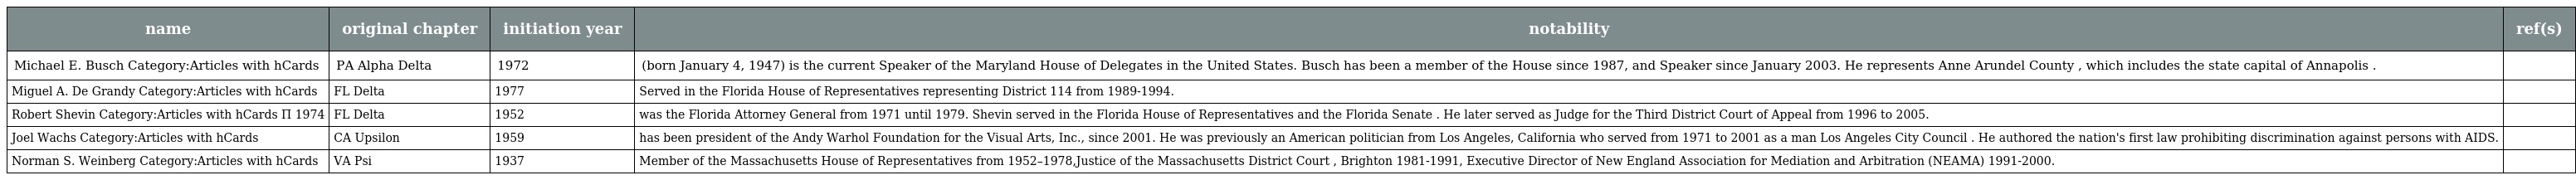
| name | original chapter | initiation year | notability | ref(s) |
 | --- | --- | --- | --- | --- |
 | Michael E. Busch Category:Articles with hCards | PA Alpha Delta | 1972 | (born January 4, 1947) is the current Speaker of the Maryland House of Delegates in the United States. Busch has been a member of the House since 1987, and Speaker since January 2003. He represents Anne Arundel County , which includes the state capital of Annapolis . |  |
 | Miguel A. De Grandy Category:Articles with hCards | FL Delta | 1977 | Served in the Florida House of Representatives representing District 114 from 1989-1994. |  |
 | Robert Shevin Category:Articles with hCards Π 1974 | FL Delta | 1952 | was the Florida Attorney General from 1971 until 1979. Shevin served in the Florida House of Representatives and the Florida Senate . He later served as Judge for the Third District Court of Appeal from 1996 to 2005. |  |
 | Joel Wachs Category:Articles with hCards | CA Upsilon | 1959 | has been president of the Andy Warhol Foundation for the Visual Arts, Inc., since 2001. He was previously an American politician from Los Angeles, California who served from 1971 to 2001 as a man Los Angeles City Council . He authored the nation's first law prohibiting discrimination against persons with AIDS. |  |
 | Norman S. Weinberg Category:Articles with hCards | VA Psi | 1937 | Member of the Massachusetts House of Representatives from 1952–1978,Justice of the Massachusetts District Court , Brighton 1981-1991, Executive Director of New England Association for Mediation and Arbitration (NEAMA) 1991-2000. |  |